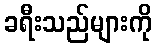
ခရီးသည်များကို